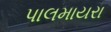
પાલમાયરા